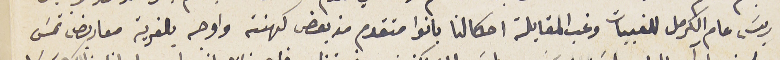
ريسَ عام الكرمل للقبيات وغب المقابلة احكالنا بانوا متقدم من بعض كهنته واوجه بالقرية معاريض تمسَ